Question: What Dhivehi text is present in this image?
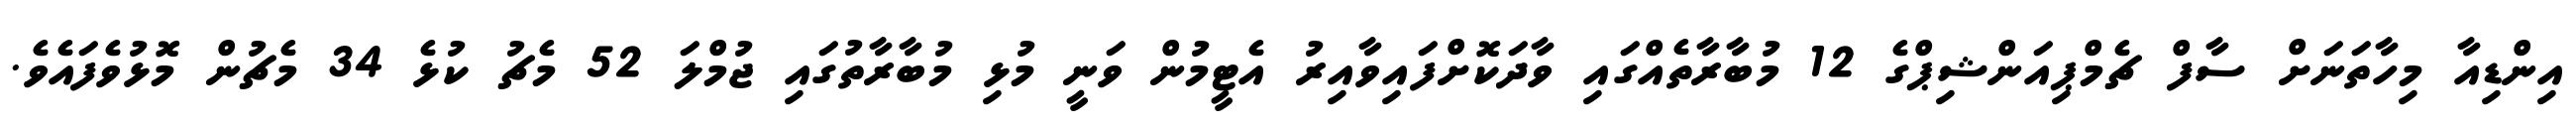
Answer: އިންޑިއާ މިހާތަނަށް ސާފް ޗެމްޕިއަންޝިޕްގެ 12 މުބާރާތެއްގައި ވާދަކޮށްފައިވާއިރު އެޓީމުން ވަނީ މުޅި މުބާރާތުގައި ޖުމްލަ 52 މެޗު ކުޅެ 34 މެޗުން މޮޅުވެފައެވެ.